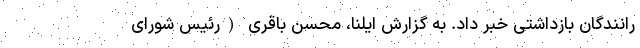
رانندگان بازداشتی خبر داد. به گزارش ایلنا، محسن باقری (رئیس شورای